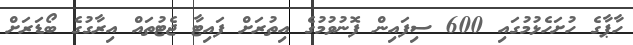
ހާޕާގެ ހުށަހެޅުމުގައި 600 ސިފައިން ފޮނުވުމުގެ އިތުރަށް ފައިޓާ ޖެޓުތައް އިރާގުގެ ބޯޑަރަށް